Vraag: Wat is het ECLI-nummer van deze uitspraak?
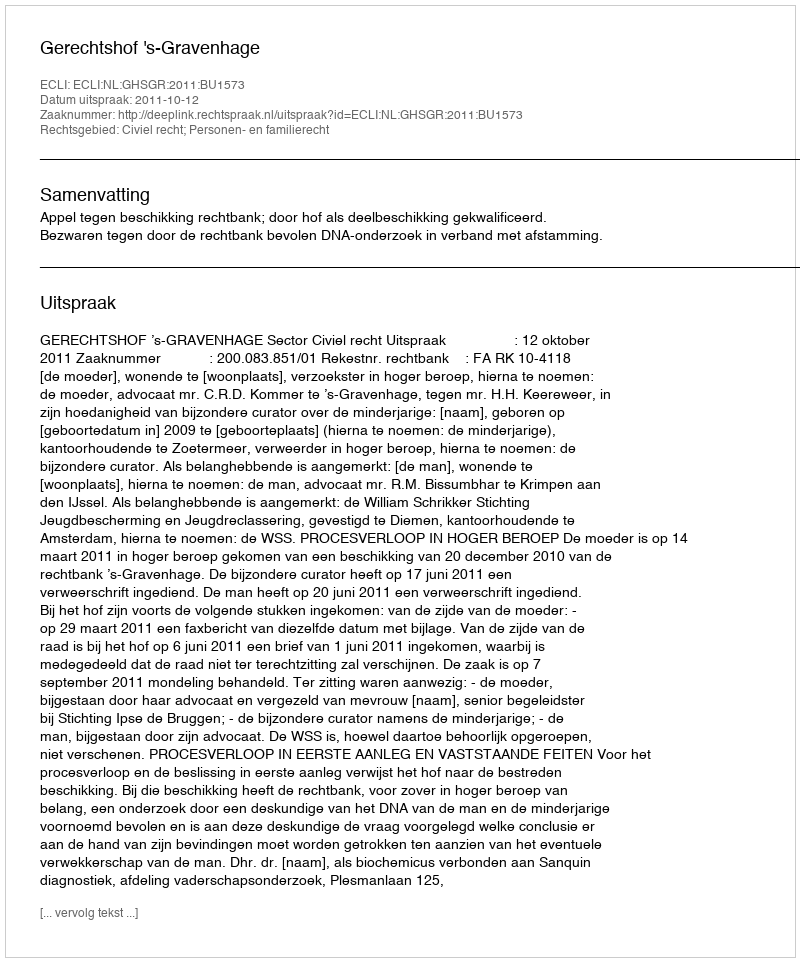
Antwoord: ECLI:NL:GHSGR:2011:BU1573